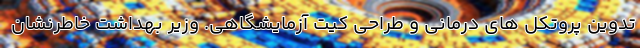
تدوین پروتکل های درمانی و طراحی کیت آزمایشگاهی. وزیر بهداشت خاطرنشان